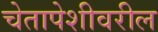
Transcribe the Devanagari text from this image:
चेतापेशीवरील